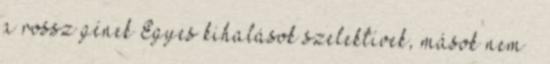
a rossz gének Egyes kihalások szelektívek, mások nem –